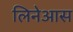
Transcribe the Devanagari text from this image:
लिनेआस